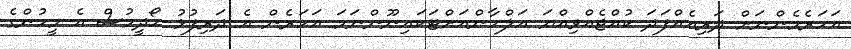
އަހަރެމެންނަށް ދަރިއެއްފަދަ ކުއްޖެއްވިއްޔަ އަލްހާންއަށްޓަކައިނޫންނަމަ އަހަރެން އެ ދަރިފުޅު ހޯދީމުސް އެ މީހުންގެ